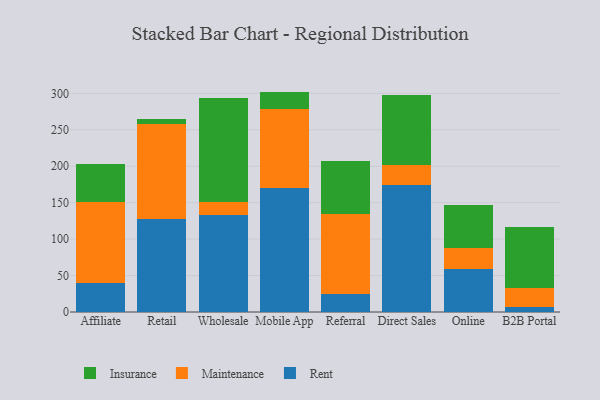
{"axis": {"x": "Channel", "y": "LTV (USD)"}, "legend": ["Insurance", "Maintenance", "Rent"], "data": [{"x": "Affiliate", "y": 39.3, "type": "Rent"}, {"x": "Affiliate", "y": 111.1, "type": "Maintenance"}, {"x": "Affiliate", "y": 52.7, "type": "Insurance"}, {"x": "Retail", "y": 127.7, "type": "Rent"}, {"x": "Retail", "y": 130.3, "type": "Maintenance"}, {"x": "Retail", "y": 6.8, "type": "Insurance"}, {"x": "Wholesale", "y": 133.6, "type": "Rent"}, {"x": "Wholesale", "y": 16.7, "type": "Maintenance"}, {"x": "Wholesale", "y": 143.9, "type": "Insurance"}, {"x": "Mobile App", "y": 169.6, "type": "Rent"}, {"x": "Mobile App", "y": 109.2, "type": "Maintenance"}, {"x": "Mobile App", "y": 23.6, "type": "Insurance"}, {"x": "Referral", "y": 24.3, "type": "Rent"}, {"x": "Referral", "y": 110.1, "type": "Maintenance"}, {"x": "Referral", "y": 73.0, "type": "Insurance"}, {"x": "Direct Sales", "y": 174.3, "type": "Rent"}, {"x": "Direct Sales", "y": 26.8, "type": "Maintenance"}, {"x": "Direct Sales", "y": 97.0, "type": "Insurance"}, {"x": "Online", "y": 59.2, "type": "Rent"}, {"x": "Online", "y": 28.7, "type": "Maintenance"}, {"x": "Online", "y": 58.8, "type": "Insurance"}, {"x": "B2B Portal", "y": 7.3, "type": "Rent"}, {"x": "B2B Portal", "y": 25.4, "type": "Maintenance"}, {"x": "B2B Portal", "y": 83.7, "type": "Insurance"}]}